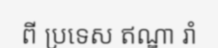
ពី ប្រទេស ឥណ្ឌា រាំ